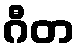
ဂီတ